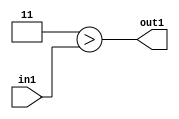
`timescale 1ps / 1ps
/*****************************************************************************
    Verilog RTL Description
    
    Generated at: 10:14:30 CST (+0800), Sunday 17 November 2019
    Generated on: ic58.cs.nthu.edu.tw
    Generated by: mc03 ()
    
    Created by: Stratus DpOpt 2017.1.02 
    Copyright (c) 2014-2015 Cadence Design Systems. All rights reserved worldwide.
    
    Cadence Design Systems proprietary and confidential
    ===================================================
    
    May contain information that incorporates Cadence Design Systems CellMath
    and other inventions claimed in Pending U.S. Patents.
    
    May contain Cadence Design Systems Trade Secrets of which use, disclosure or
    reproduction is contractually restricted or prohibited.  For more
    information, contact your legal department before any use, disclosure or
    reproduction.
*******************************************************************************/

module SobelFilter_Lti3u2_1 (
	in1,
	out1
	); /* architecture "behavioural" */ 
input [1:0] in1;
output  out1;
wire  asc001;

assign asc001 = (7'B0000011>in1);

assign out1 = asc001;
endmodule

/* CADENCE  urb1Tg8= : u9/ySgnYtBlWxVDRUQkU4ug= ** DO NOT EDIT THIS LINE ******/